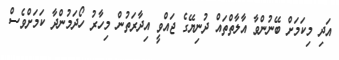
އަދި މިކަމަށް ބޭނުންވާ އާލާތްތައް ދުނިޔޭގެ ޖައްވީ އިދާރަތުން މިހާރު ހޯދަމުންދާ ކަމަށްވެސް